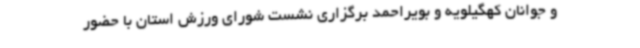
و جوانان کهگیلویه و بویراحمد برگزاری نشست شورای ورزش استان با حضور